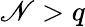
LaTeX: \mathscr{N}>q